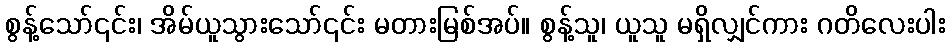
စွန့်သော်၎င်း၊ အိမ်ယူသွားသော်၎င်း မတားမြစ်အပ်။ စွန့်သူ၊ ယူသူ မရှိလျှင်ကား ဂတိလေးပါး